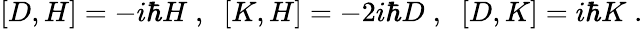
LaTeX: [D,H]=-i\hbar H\; ,\; \; [K,H]=-2i\hbar D\; ,\; \; [D,K]=i\hbar K\; .